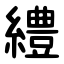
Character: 䌡